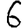
Digit: 6